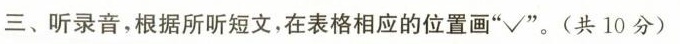
三、听录音，根据所听短文，在表格相应的位置画”√”。(共10分)